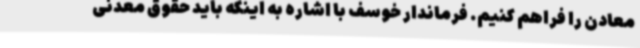
معادن را فراهم کنیم. فرماندار خوسف با اشاره به اینکه باید حقوق معدنی